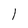
Character: l